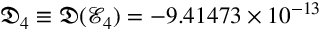
\mathfrak { D } _ { 4 } \equiv \mathfrak { D } ( \mathcal { E } _ { 4 } ) = - 9 . 4 1 4 7 3 \times 1 0 ^ { - 1 3 }